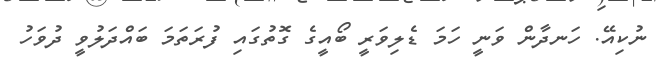
ނުކިއޭ. ހަނދާން ވަނީ ހަމަ ޑެލިވަރީ ބޯއީގެ ގޮތުގައި ފުރަތަމަ ބައްދަލުވީ ދުވަހު